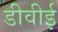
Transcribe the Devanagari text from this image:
डीवीई